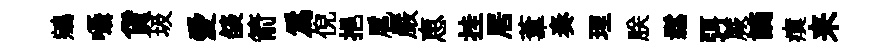
鵷囁貨圾愛燄箭為倪挹扈嚴恵挂居葦奏理朕鬆弭蕨謫瘼来